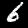
Label: 6